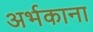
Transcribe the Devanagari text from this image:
अर्भकाना